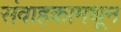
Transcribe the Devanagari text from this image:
संवाहकामधून